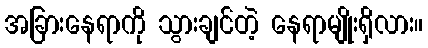
အခြားနေရာကို သွားချင်တဲ့ နေရာမျိုးရှိလား။